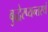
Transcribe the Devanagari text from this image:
बुद्धेरप्यन्तस्थं